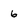
Character: 6